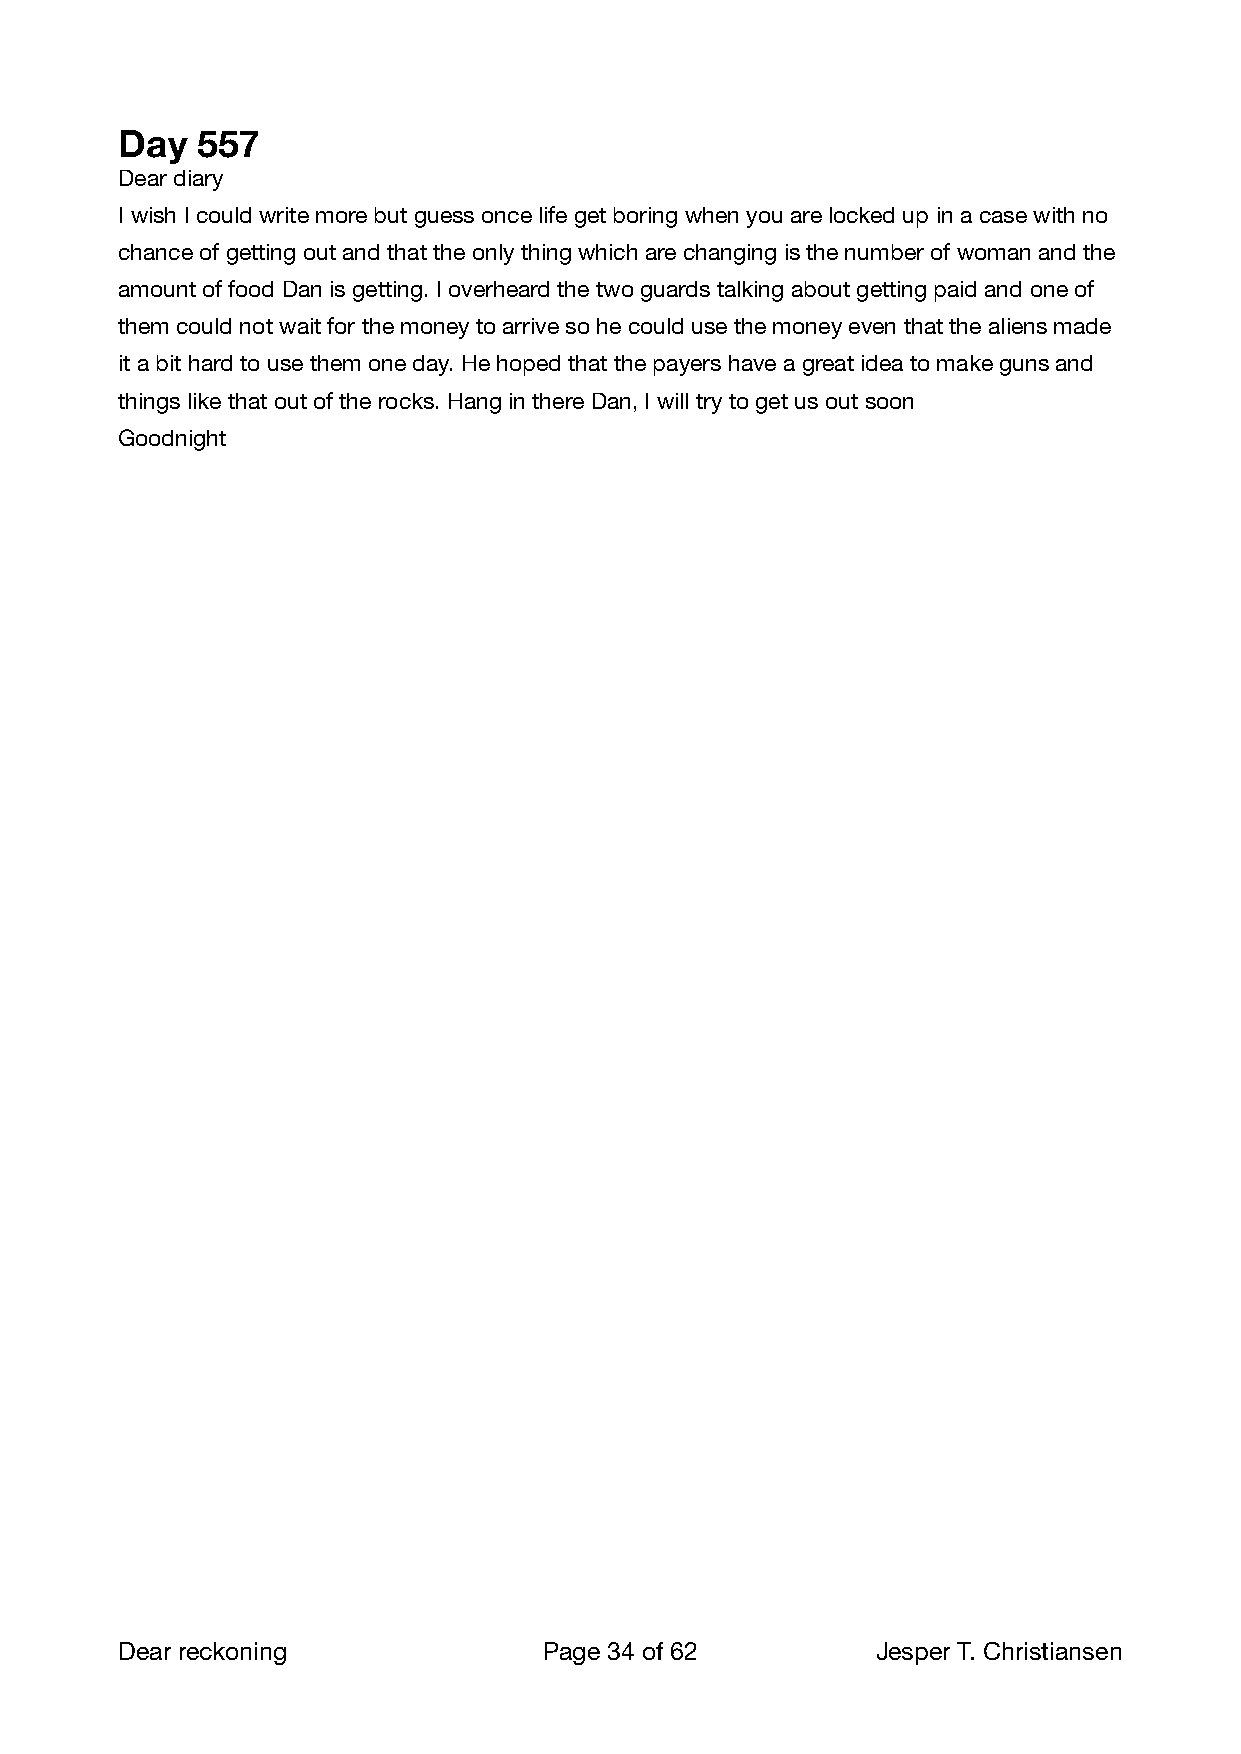
Day  557
 Dear diary
 I wish I could write more but guess once life get boring when you are locked up in a case with no
 chance of getting out and that the only thing which are changing is the number of woman and the
 amount of food Dan is getting. I overheard the two guards talking about getting paid and one of
 them could not wait for the money to arrive so he could use the money even that the aliens made
 it a bit hard to use them one day. He hoped that the payers have a great idea to make guns and
 things like that out of the rocks. Hang in there Dan, I will try to get us out soon
 Goodnight
 Dear reckoning              Page 34 of 62        Jesper T. Christiansen